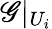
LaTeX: \mathscr{G}|_{U_{i}}